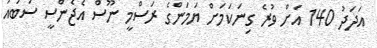
އަދަދު 140 އަށް ވުރެ ގިނަކަމަށް ޔަމަންގެ ރަސްމީ ނޫސް އެޖެންސީ ސަބައު